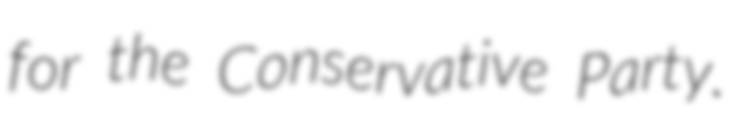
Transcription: for the Conservative Party.